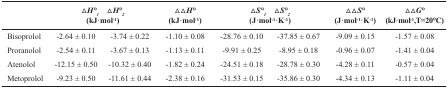
<table><thead><tr><td></td><td colspan="2"><b><i>△</i><i>H°</i><sub>1</sub><i>△</i><i>H°</i><sub>2</sub>(kJ·mol<sup>-1</sup>)</b></td><td><b><i>△△</i><i>H°</i>(kJ·mol<sup>-1</sup>)</b></td><td colspan="2"><b><i>△</i><i>S°</i><sub>1</sub><i>△</i><i>S°</i><sub>2</sub>(J·mol<sup>-1</sup>·K<sup>-1</sup>)</b></td><td><b><i>△△</i><i>S°</i>(J·mol<sup>-1</sup>·K<sup>-1</sup>)</b></td><td><b><i>△△</i><i>G°</i>(kJ·mol<sup>-1</sup>,T=20°C)</b></td></tr></thead><tbody><tr><td>BisoprololProranololAtenololMetoprolol</td><td>-2.64±0.10-2.54±0.11-12.15±0.50-9.23±0.50</td><td>-3.74±0.22-3.67±0.13-10.32±0.40-11.61±0.44</td><td>-1.10±0.08-1.13±0.11-1.82±0.24-2.38±0.16</td><td>-28.76±0.10-9.91±0.25-24.51±0.18-31.53±0.15</td><td>-37.85±0.67-8.95±0.18-28.78±0.30-35.86±0.30</td><td>-9.09±0.15-0.96±0.07-4.28±0.11-4.34±0.13</td><td>-1.57±0.08-1.41±0.04-0.57±0.04-1.11±0.04</td></tr></tbody></table>